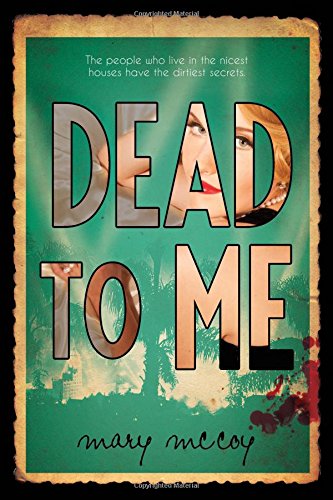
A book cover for Dead to Me; Mary McCoy; Teen & Young Adult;